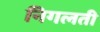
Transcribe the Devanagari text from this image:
निगलती